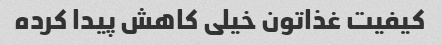
کیفیت غذاتون خیلی کاهش پیدا کرده